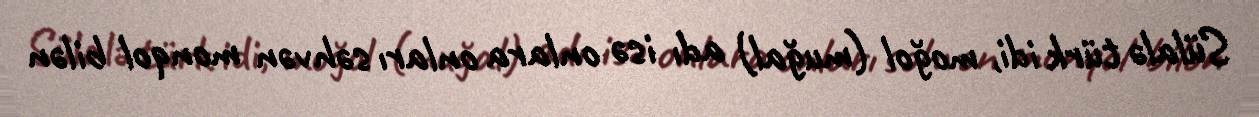
Sülalə türk idi, moğol (muğal) adı isə onlara onları səhvən monqol bilən